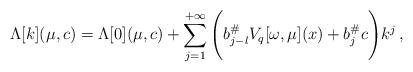
LaTeX: \begin{align*}\Lambda[k](\mu,c)&=\Lambda[0](\mu,c)+\sum_{j=1}^{+\infty}\Bigg({b^\#_{j-l}} V_{q}[\omega, \mu](x) + {b^\#_j} c\Bigg)k^j\, ,\end{align*}